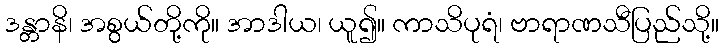
ဒန္တာနိ၊ အစွယ်တို့ကို။ အာဒါယ၊ ယူ၍။ ကာသိပုရံ၊ ဗာရာဏသီပြည်သို့။